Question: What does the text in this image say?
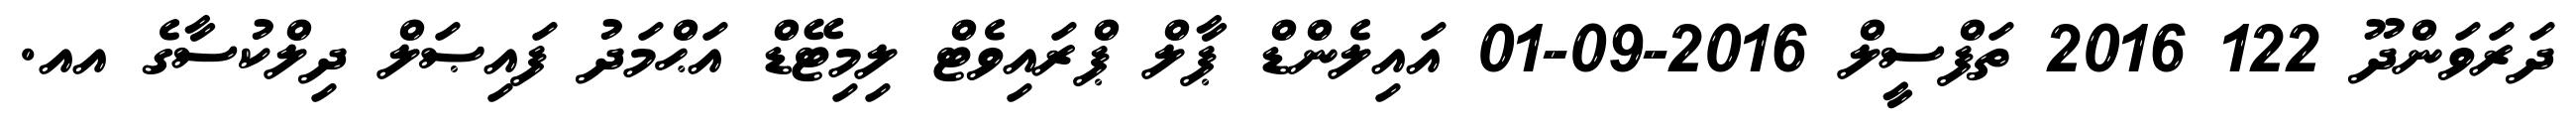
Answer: ދަރަވަންދޫ 122 2016 ތަފްސީލް 2016-09-01 އައިލެންޑް ޕާލް ޕްރައިވެޓް ލިމިޓޭޑް އަޙްމަދު ފައިޞަލް ދިލްކުސާގެ އއ.